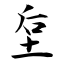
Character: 垕